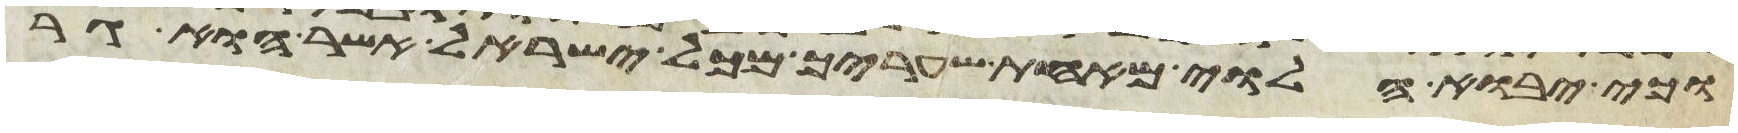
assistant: וכי יבוא הלוי מאחת שעריך מכל ישראל אשר הוא גר